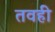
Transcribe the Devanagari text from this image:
तवही